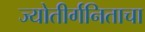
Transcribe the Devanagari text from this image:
ज्योतीर्गनिताचा